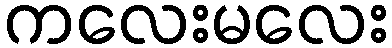
ကလေးမလေး